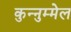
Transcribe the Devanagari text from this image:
कुन्नुम्मेल